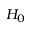
H _ { 0 }